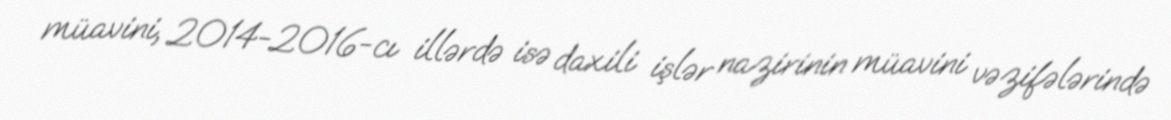
müavini, 2014-2016-cı illərdə isə daxili işlər nazirinin müavini vəzifələrində